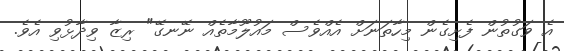
އެ ވަގުތުން ފެށިގެން މިހާތަނަށް އެއްވެސް މައުލޫމާތެއް ނޭނގޭ" ރިޒާ ވިދާޅުވި އެވެ.